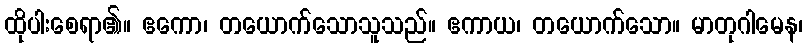
ထိုပါးစေရာ၏။ ဧကော၊ တယောက်သောသူသည်။ ဧကာယ၊ တယောက်သော။ မာတုဂါမေန၊